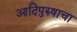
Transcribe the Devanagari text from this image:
आदिपुरुषाचा